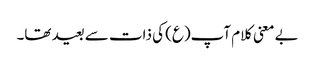
بے معنی کلام آپ(ع) کی ذات سے بعید تھا۔